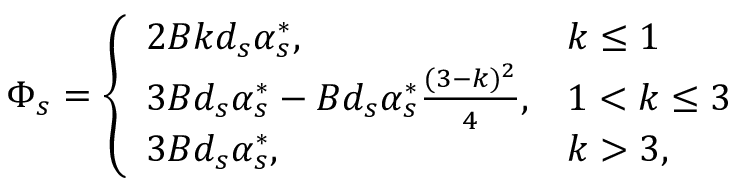
\Phi _ { s } = \left\{ \begin{array} { l l } { 2 B k d _ { s } \alpha _ { s } ^ { * } , } & { k \le 1 } \\ { 3 B d _ { s } \alpha _ { s } ^ { * } - B d _ { s } \alpha _ { s } ^ { * } \frac { ( 3 - k ) ^ { 2 } } { 4 } , } & { 1 < k \le 3 } \\ { 3 B d _ { s } \alpha _ { s } ^ { * } , } & { k > 3 , } \end{array} \right.